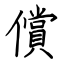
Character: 償